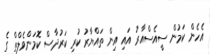
އެހެން ކަމުން ސީއެސްއާރު އައި އިން ތައްޔާރު ކުރި ކަރުދާސް ކޮމަންވެލްތް ގެ